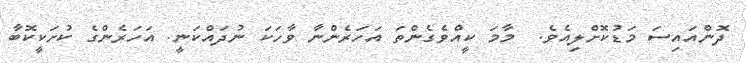
ދޮންއައިސަ މަޑުކޮށްލިއެވެ.  މާމަ ކީއްވެގެންތަ އަހަރެންނާ ވާހަކަ ނުދައްކަނީ. އަހަރެންގެ ކުށަކީކޮބާ